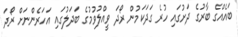
ބައެއްގެ ބާރުގެ ދަށުގައި ހުރެ ގަދަކަމުން ރޯދަ ވީއްލުވުމުގެ ބަދަލުގައި އަހަރެންނަށް ރޯދަ